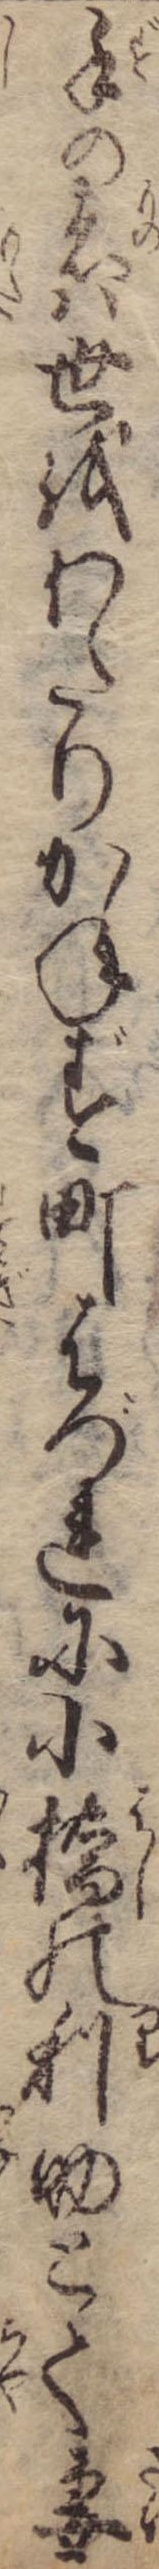
手の者は世をわたりかねず町はづれに小橋の利助とて妻